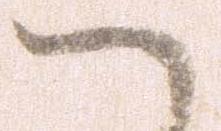
ハ